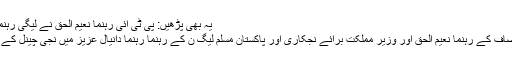
یہ بھی پڑھیں: پی ٹی آئی رہنما نعیم الحق نے لیگی رہنما دانیال عزیز کو تھپڑ رسید کر دیا
واضح رہے کہ پاکستان تحریک انصاف کے رہنما نعیم الحق اور وزیر مملکت برائے نجکاری اور پاکستان مسلم لیگ ن کے رہنما رہنما دانیال عزیز میں نجی چینل کے پروگرام میں تلخ کلامی ہو ئی تھی۔